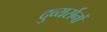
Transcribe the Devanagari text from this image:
दुव्यर्सनों